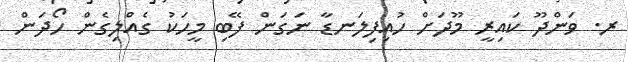
ރ. ވަންދޫ ކައިރީ މޫދަށް ހުއިފިލަނޑާ ނަގަން ފޭބި މީހަކު ގެއްލިގެން ހޯދަން